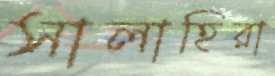
সালাহিরা